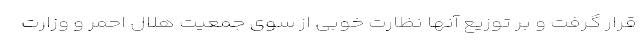
قرار گرفت و بر توزیع آنها نظارت خوبی از سوی جمعیت هلال احمر و وزارت